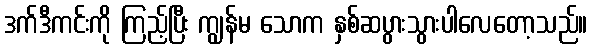
ဒက်ဒီကင်းကို ကြည့်ပြီး ကျွန်မ သောက နှစ်ဆပွားသွားပါလေတော့သည်။